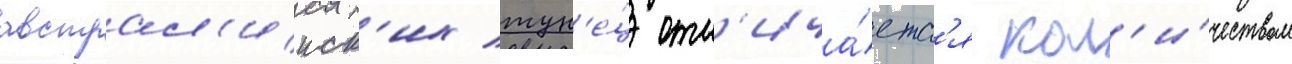
австрал'ииск'их тун'е́ц отл'ича́етс'я кол'и́чеством